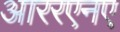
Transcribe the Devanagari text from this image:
आररएनए